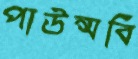
পাউন্সবি